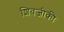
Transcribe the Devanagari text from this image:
शिवजीकी